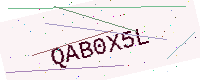
Text: QAB0X5L